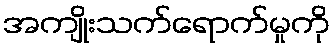
အကျိုးသက်ရောက်မှုကို